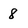
Character: 8